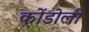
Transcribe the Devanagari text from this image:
कोंडोली